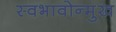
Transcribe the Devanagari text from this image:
स्वभावोन्मुख